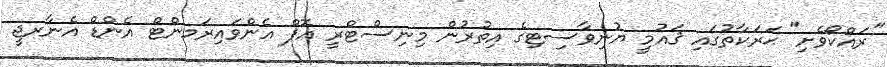
"ރައްކޯވެށި" ޙަރަކާތުގައި ޤައުމީ ޔުނިވާސިޓިގެ އިތުރުން މިނިސްޓްރީ އޮފް އެންވައިރަމންޓް އެންޑް އެނާރޖީ